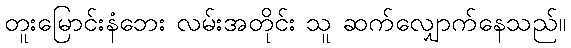
တူးမြောင်းနံဘေး လမ်းအတိုင်း သူ ဆက်လျှောက်နေသည်။